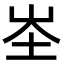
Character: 𭖏